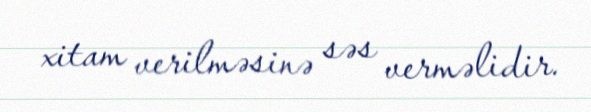
xitam verilməsinə səs verməlidir.